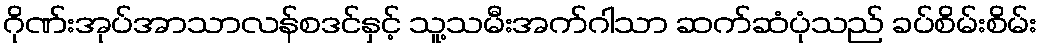
ဂိုဏ်းအုပ်အာသာလန်စဒင်နှင့် သူ့သမီးအက်ဂါသာ ဆက်ဆံပုံသည် ခပ်စိမ်းစိမ်း